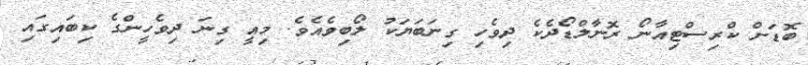
ބޮޑަށް ކްރިސްޓިއާނޯ ރޮނާލްޑޯދެކެ ދިވެހި ގިނަބަޔަކު ލޯބިވެއެވެ. މިއީ ގިނަ ދިވެހީންގެ ކިބައިގައި